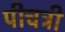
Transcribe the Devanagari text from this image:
पीचट्री